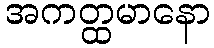
အကတ္ထမာနော